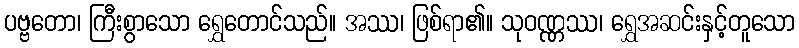
ပဗ္ဗတော၊ ကြီးစွာသော ရွှေတောင်သည်။ အဿ၊ ဖြစ်ရာ၏။ သုဝဏ္ဏဿ၊ ရွှေအဆင်းနှင့်တူသော